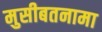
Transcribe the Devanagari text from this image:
मुसीबतनामा